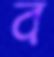
ব